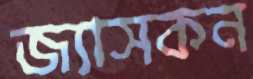
জ্যাসকন